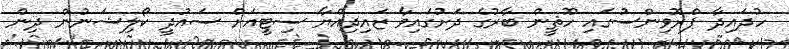
ހުދައިދާ ޕްރޮވިންސުގައި ހޫޘީން ބާރުގެ ދަށުގައިވާ ޒައިދިއްޔާ ސިޓީއަށް ސައުދީ ކޯލިޝަނުން ދިން